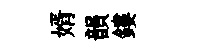
婿韻鏤